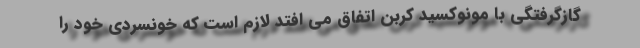
گازگرفتگی با مونوکسید کربن اتفاق می افتد لازم است که خونسردی خود را